Annual statistical returns and brief notes on vaccination in Bengal - 1896-1909
Year: 1896
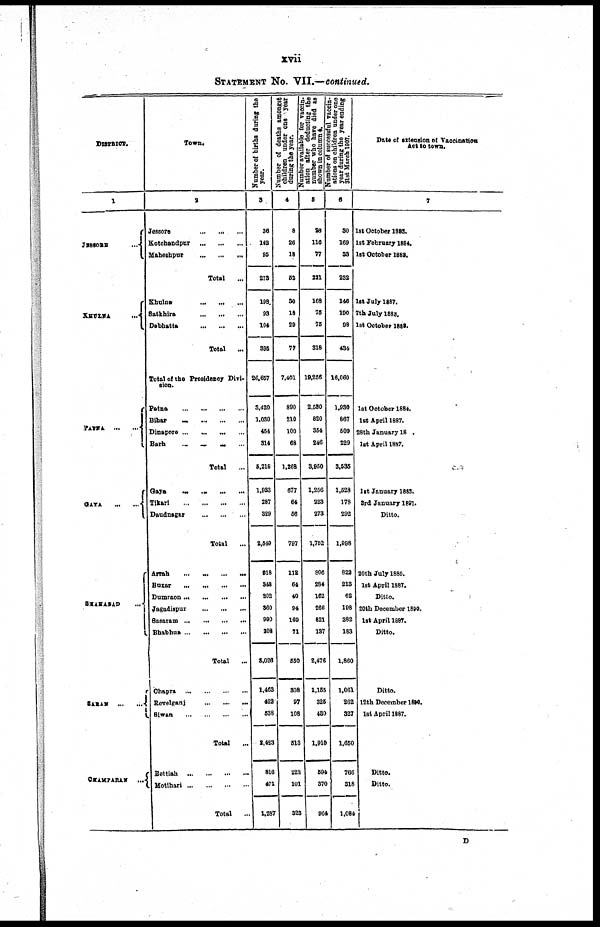
xvii
STATEMENT No. VII.—continued.
DISTRICT.
1
JESSORE
...
KHULNA
...
PATNA
...
...
GAYA ... ...
SHAHABAD ...
SARAN
...
...
CHAMPARAN ...
Town.
2
Jessore
...
...
...
Kotchandpur
...
...
...
Maheshpur
...
...
...
Total
...
Khulna
...
...
...
Satkhira
...
...
...
Debhatta
...
...
...
Total
...
Total of the Presidency Divi-
sion.
Patna
...
...
...
...
Bihar
...
...
...
...
Dinapore ...
...
...
...
Barh ... ... ... ...
Total
...
Gaya
...
...
...
...
Tikari
...
...
...
...
Daudnagar
...
...
...
Total
...
Arrah
...
...
...
...
Buxar
...
...
...
...
Dumraon ... ... ... ...
Jagadispur
...
...
...
Sasaram
...
...
...
...
Bhabhua
...
...
...
...
Total
...
Chapra
...
...
...
...
Revelganj
...
...
...
Siwan
...
...
...
...
Total
...
Bettiah
...
...
...
...
Motihari
...
...
...
...
Total
...
Number of births during the
year.
3
36
142
95
273
198
93
104
395
26,657
3,420
1,030
454
314
5,218
1,933
287
329
2,549
918
348
202
360
990
208
3,026
1,403
422
538
2,423
816
471
1,287
Number of deaths amongst
children under one year
during the year.
4
8
26
18
52
30
18
29
77
7,401
890
210
100
68
1,268
677
64
56
797
112
64
40
94
169
71
550
308
97
108
513
222
101
323
Number available for vaccin¬
ation after deducting the
number who hare died as
shown in column 4.
5
28
116
77
221
168
75
75
318
19,256
2,580
820
354
246
3,950
1,256
228
273
1,752
806
284
162
266
821
137
2,476
1,155
325
430
1,910
594
370
964
Number of successful vaccin-
ations on children under one
year during the year ending
31st March 1907.
6
30
169
33
232
146
190
98
434
16,060
1,930
867
509
229
3,535
1,528
178
292
1,998
822
213
62
198
382
183
1,860
1,061
262
327
1,650
766
318
1,084
Date of extension of Vaccination
Act to town.
7
1st October 1883.
1st February 1884.
1st October 1883.
1st July 1887.
7th July 1883.
1st October 1888.
1st October 1884.
1st April 1887.
28th January 18 .
1st April 1887.
1st January 1888.
3rd January 1891.
Ditto.
20th July 1885.
1st April 1887.
Ditto.
20th December 1890.
1st April 1887.
Ditto.
Ditto.
12th December 1890.
1st April 1887.
Ditto.
Ditto.
D